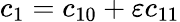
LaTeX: c_{1}=c_{10}+\varepsilon c_{11}